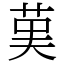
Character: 𦰩